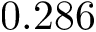
0 . 2 8 6